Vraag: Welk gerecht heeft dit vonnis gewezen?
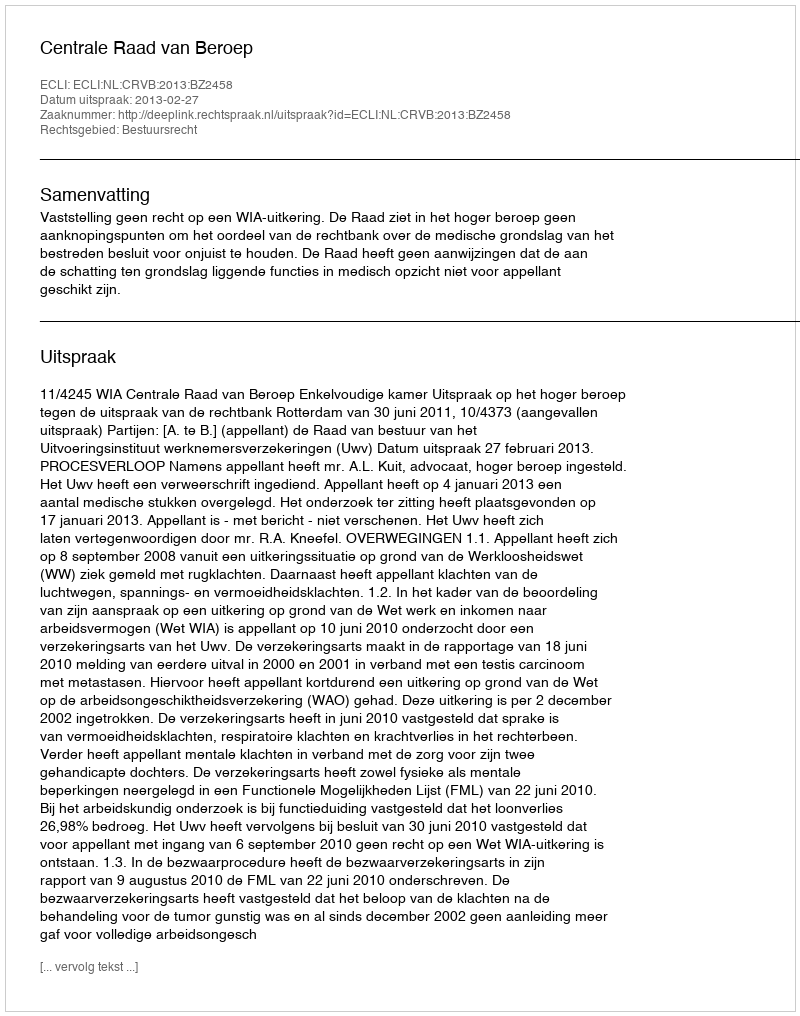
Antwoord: Centrale Raad van Beroep